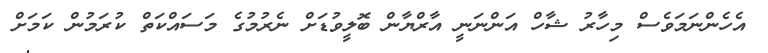
އެހެންނަމަވެސް މިހާރު ޝާހް އަންނަނީ އާރްޔާން ބޮލީވުޑަށް ނެރުމުގެ މަސައްކަތް ކުރަމުން ކަމަށް